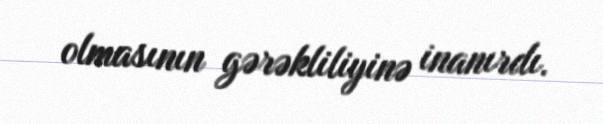
olmasının gərəkliliyinə inanırdı.